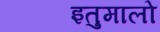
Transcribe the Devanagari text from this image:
इतुमालो